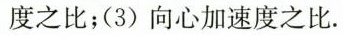
度之比；(3) 向心加速度之比.